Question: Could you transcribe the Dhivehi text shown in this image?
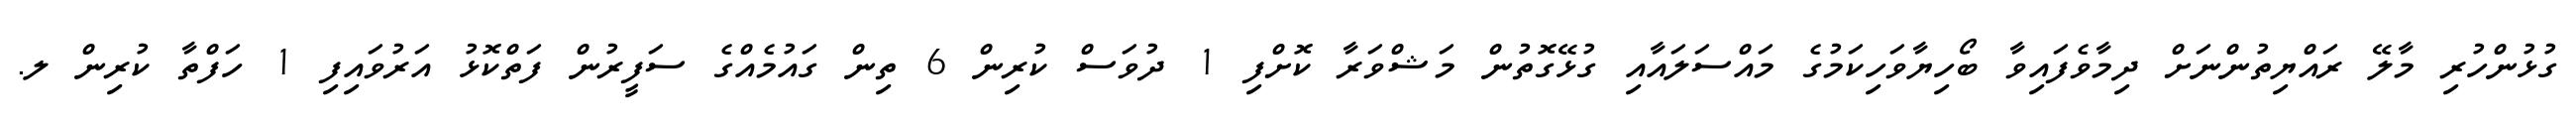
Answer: ގުޅުންހުރި މާލޭ ރައްޔިތުންނަށް ދިމާވެފައިވާ ބޯހިޔާވަހިކަމުގެ މައްސަލައާއި ގުޅޭގޮތުން މަޝްވަރާ ކޮށްފި 1 ދުވަސް ކުރިން 6 ތިން ގައުމެއްގެ ސަފީރުން ފަތްކޮޅު އަރުވައިފި 1 ހަފްތާ ކުރިން ލ.